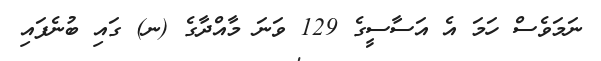
ނަމަވެސް ހަމަ އެ އަސާސީގެ 129 ވަނަ މާއްދާގެ (ނ) ގައި ބުނެފައި